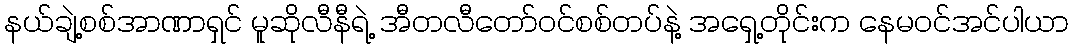
နယ်ချဲ့စစ်အာဏာရှင် မူဆိုလီနီရဲ့ အီတလီတော်ဝင်စစ်တပ်နဲ့ အရှေ့တိုင်းက နေမဝင်အင်ပါယာ